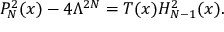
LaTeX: P _ { N } ^ { 2 } ( x ) - 4 \Lambda ^ { 2 N } = T ( x ) H _ { N - 1 } ^ { 2 } ( x ) .